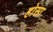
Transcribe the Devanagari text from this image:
होसा